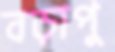
বড়াপু